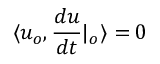
\langle u _ { o } , \frac { d u } { d t } | _ { o } \rangle = 0